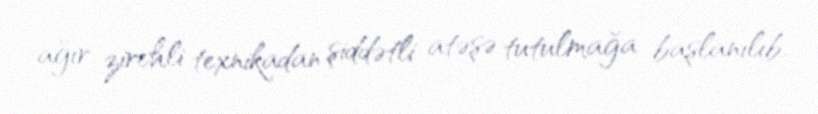
ağır zirehli texnikadan şiddətli atəşə tutulmağa başlanılıb.